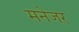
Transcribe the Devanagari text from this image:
मनेजर